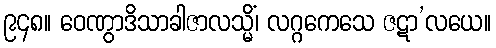
၉၄၈။ ဝေဏွာဒိသာခါဇာလသ္မိံ၊ လဂ္ဂကေသေ ဇဋာ’လယေ။